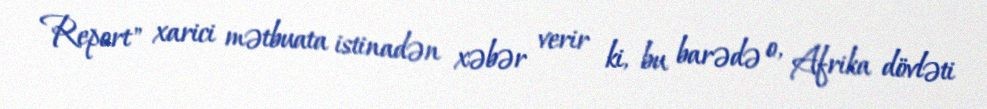
Report" xarici mətbuata istinadən xəbər verir ki, bu barədə o, Afrika dövləti